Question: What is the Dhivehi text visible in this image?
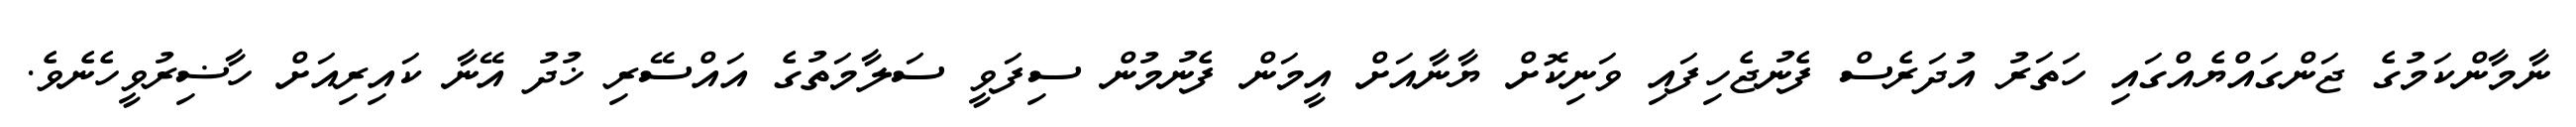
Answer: ނާމާންކަމުގެ ޖަންގައްޔެއްގައި ހަތަރު އުދަރެސް ފެނުޖެހިފައި ވަނިކޮށް ޔާނާއަށް އީމަން ފެނުމުން ސިފަވީ ސަލާމަތުގެ އައްސޭރި ޚުދު އޭނާ ކައިރިއަށް ހާޟިރުވީހެނެވެ.